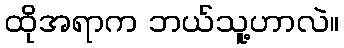
ထိုအရာက ဘယ်သူ့ဟာလဲ။